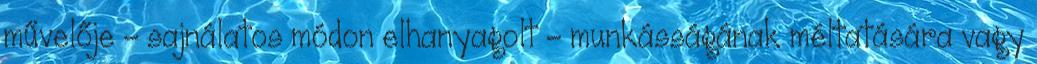
művelője – sajnálatos módon elhanyagolt – munkásságának méltatására vagy